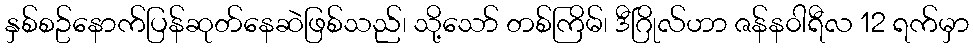
နှစ်စဥ်နောက်ပြန်ဆုတ်နေဆဲဖြစ်သည်၊ သို့သော် တစ်ကြိမ်၊ ဒီဂြိုလ်ဟာ ဇန်န၀ါရီလ 12 ရက်မှာ